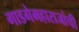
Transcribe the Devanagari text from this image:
गाडगेमहाराजांची